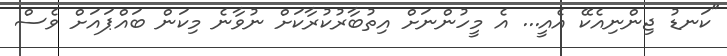
"ކަނޑު ޖިންނިއެކޭ އެއީ... އެ މީހުންނަށް އިތުބާރުކުރާކަށް ނުވާނެ މިކަން ބައްޕައަށް ވެސް